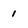
Character: 1